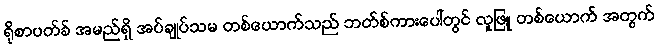
ရိုစာပတ်ခ် အမည်ရှိ အပ်ချုပ်သမ တစ်ယောက်သည် ဘတ်စ်ကားပေါ်တွင် လူဖြူ တစ်ယောက် အတွက်